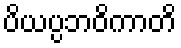
ပိယပ္ပဘဝိကာတိ